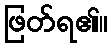
ဖြတ်ရ၏။